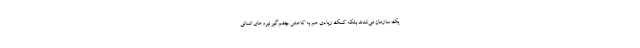
یک سازمان می‌شدند بلکه کمک زیادی هم به کاهش چشم‌گیر نیروهای انسانی